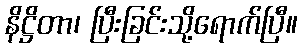
နိဋ္ဌိတာ၊ ပြီးခြင်းသို့ရောက်ပြီ။